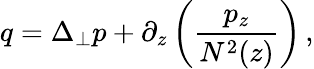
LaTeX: q=\Delta_{\perp}p+\partial_{z}\left(\frac{p_{z}}{N^{2}(z)}\right)\, ,